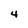
Character: 4